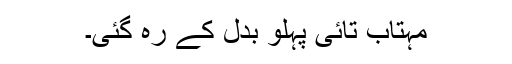
مہتاب تائی پہلو بدل کے رہ گئی۔